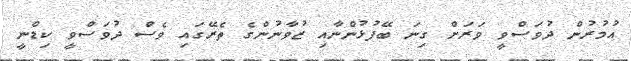
އުމުރުން ދުވަސްވީ ވަރަށް ގިނަ ބޭފުޅުންނާއި ޒުވާނުންގެ ތެރޭގައި ވެސް ދުވަސްވީ ކިޑްނީ